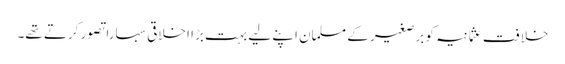
خلافتِ عثمانیہ کو برصغیر کے مسلمان اپنے لیے بہت بڑا اخلاقی سہارا تصور کرتے تھے۔